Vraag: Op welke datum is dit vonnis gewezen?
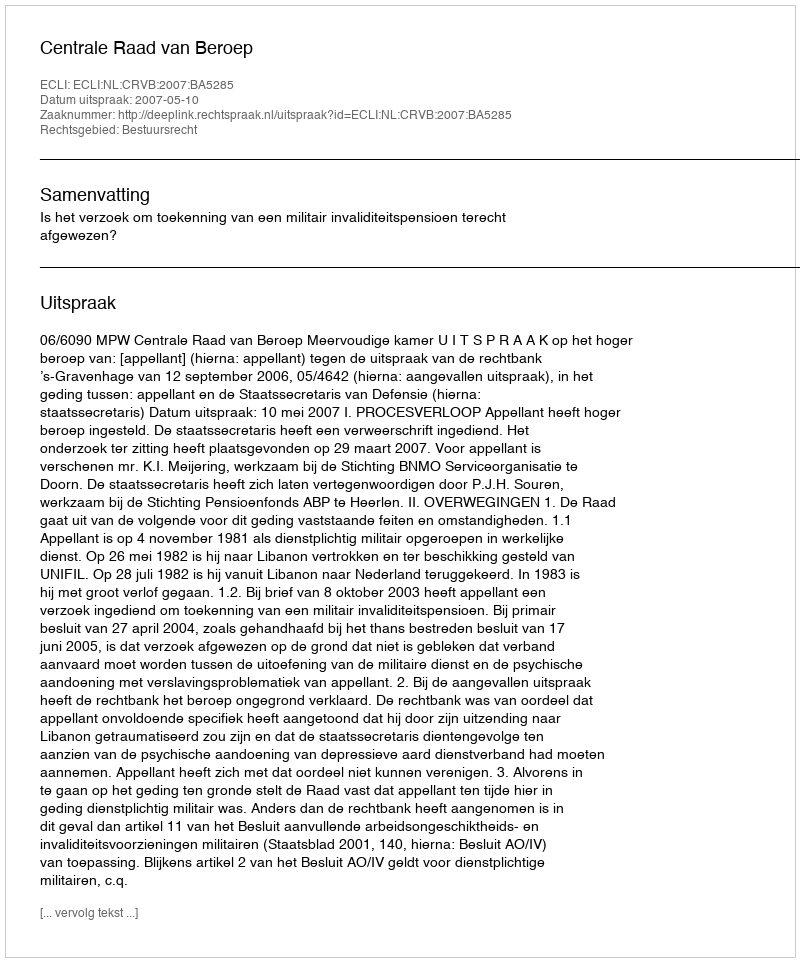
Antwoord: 2007-05-10